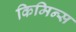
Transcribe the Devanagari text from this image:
किमिन्स